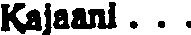
Kajaani . . .